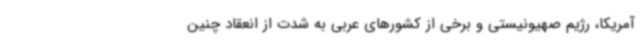
آمریکا، رژیم صهیونیستی و برخی از کشورهای عربی به شدت از انعقاد چنین